Report on sanitation, dispensaries, and jails in Rajputana for 1913, and on vaccination for the year 1913-1914 - 1913-1914
Year: 1913
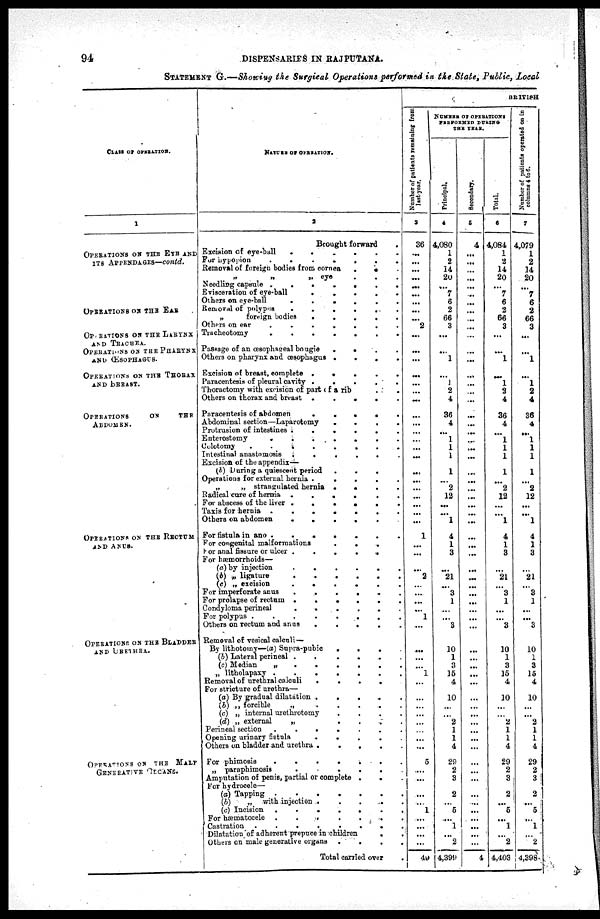
94
DISPENSARIES
IN RAJPUTANA.
STATEMENT G.—Showing the Surgical Operations performed in the State, Public, Local
CLASS OF OPERATION.
1
OPERATIONS ON THE EYE AND
ITS APPENDAGES—contd.
OPERATIONS ON THE EAR
OPERATIONS ON THE LARYNX
AND TRACHEA.
OPERATION ON THE PHARYNX
AND ŒSOPHAGUS.
OPERATIONS ON THE THORAX
AND BREAST.
OPERATIONS
ON
THE
ABDOMEN.
OPERATIONS ON THE RECTUM
AND ANUS.
OPERATIONS ON THE BLADDER
AND URETHRA.
OPERATIONS
ON THE MALE
GENERATIVE ORGANS.
NATURE OF OPERATION.
2
Brought forward
.
Excision of eye-ball
.
.
.
.
.
.
For
hypopion
.
.
.
.
.
.
Removal of foreign bodies from cornea . .
.
„
„
„
eye
.
.
.
Needling capsule .
.
.
.
.
.
.
Evisceration of eye-ball
.
.
.
.
.
Others on eye-ball
.
.
.
.
.
.
Removal of polypus .
.
.
.
.
.
„
foreign
bodies
.
.
.
. .
Others on ear
.
.
.
.
.
.
.
Tracheotomy
.
.
.
.
.
.
.
Passage of an œsophageal bougie
. . . .
Others on pharynx and œsophagus . .
.
.
Excision of breast, complete .
.
.
.
.
Paracentesis of pleural cavity .
.
.
.
.
Thoractomy with excision of part of a rib . .
Others on thorax and breast
.
.
.
.
.
Paracentesis of abdomen
.
.
.
.
.
Abdominal section —Laparotomy
.
.
.
.
Protrusion of intestines .
.
.
.
.
.
Enterostomy
.
.
.
.
.
.
.
Colotomy
.
.
.
.
.
.
.
.
Intestinal anastomosis .
.
.
.
.
.
Excision of the appendix—
(b) During a quiescent period
.
.
.
Operations for external hernia .
.
.
.
.
„
„ strangulated hernia . . . .
Radical cure of hernia .
.
.
.
.
.
For abscess of the liver .
.
.
.
.
Taxis for hernia .
.
.
.
.
.
.
Others on abdomen
.
.
.
.
.
For fistula in ano .
.
.
.
.
.
.
For congenital malformations
.
.
.
For anal fissure or ulcer .
.
.
.
.
For hæmorrhoids—
(a) by injection
.
.
.
.
.
.
(b) „ ligature
.
.
.
.
.
.
(c) „ excision
.
.
.
.
.
.
For imperforate anus
.
.
.
.
.
.
For prolapse of rectum .
.
.
.
.
.
Condyloma perineal
.
.
.
.
.
.
For polypus .
.
.
.
.
.
.
.
Others on rectum and
anus
.
.
. . .
Removal of vesical calculi —
By lithotomy—(a) Supra-pubic
.
.
.
(b) Lateral perineal .
.
.
.
.
.
(c) Median
„
.
.
.
.
.
„ litholapaxy
.
.
.
.
.
.
.
Removal of urethral calculi
.
.
.
.
For stricture of urethra—
(a) By gradual dilatation .
.
.
.
.
(b) „ forcible
„
.
.
.
.
.
(c) „ internal urethrotomy
.
.
.
.
(d) „ external
„
.
.
. . .
Perineal section
.
.
.
.
.
.
.
Opening urinary
fistula
.
.
.
.
Others on bladder and urethra .
.
.
.
.
For phimosis
.
.
.
.
.
.
.
„ paraphimosis
.
.
.
.
.
.
Amputation of penis, partial or complete .
. .
For hydrocele—
(a) Tapping .
.
.
.
.
.
.
(b)
„ with injection .
.
.
.
.
(c) Incision
.
.
.
.
.
.
For hæmatocele .
.
.
. . . .
Castration
.
.
.
.
.
.
.
.
Dilatation of adherent prepuce in children . .
Others on male generative organs
.
. . .
Total carried over .
BRITISH
Number of patients remaining from
last
year.
3
36
...
...
...
...
...
...
...
...
...
2
...
...
...
...
...
...
...
...
...
...
...
...
...
...
...
...
...
...
...
...
1
...
...
...
2
...
...
...
...
1
...
...
...
...
1
...
...
...
...
...
...
...
...
5
...
...
...
...
1
...
...
...
...
49
NUMBER OF OPERATIONS
PERFORMED DURING
THE YEAR.
Principal.
4
4,080
1
2
14
20
...
7
6
2
66
3
...
...
1
...
1
2
4
36
4
...
1
1
1
1
...
2
12
...
...
1
4
1
3
...
21
...
3
1
...
...
3
10
1
3
15
4
10
...
...
2
1
1
4
29
2
3
2
...
5
...
1
...
2
4,399
Secondary.
5
4
...
...
...
...
...
...
...
...
...
...
...
...
...
...
...
...
...
...
...
...
...
...
...
...
...
...
...
...
...
...
...
...
...
...
...
...
...
...
...
...
...
...
...
...
...
...
...
...
...
...
...
...
...
...
...
...
...
...
...
...
...
...
...
4
Total.
6
4,084
1
2
14
20
...
7
6
2
66
3
...
...
1
...
1
2
4
36
4
...
1
1
1
1
...
2
12
...
...
1
4
1
3
...
21
...
3
1
...
...
3
10
1
3
15
4
10
...
...
2
1
1
4
29
2
3
2
...
5
...
1
...
2
4,403
Number of patients operated on in
columns 4 to 6.
7
4,079
1
2
14
20
...
7
6
2
66
3
...
...
1
...
1
2
4
36
4
...
1
1
1
1
...
2
12
...
...
1
4
1
3
...
21
...
3
1
...
...
3
10
1
3
15
4
10
...
...
2
1
1
4
29
2
3
2
...
5
...
1
...
2
4,398